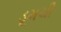
ડૂમચી